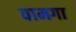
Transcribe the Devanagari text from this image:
वामगा